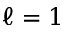
\ell = 1